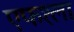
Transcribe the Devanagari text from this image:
एफ१ला